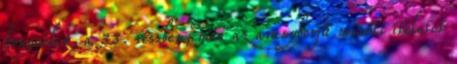
könyvében, a 33. részben, már az aranyborjú miatti ítéletet